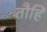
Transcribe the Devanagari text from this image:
तौहि